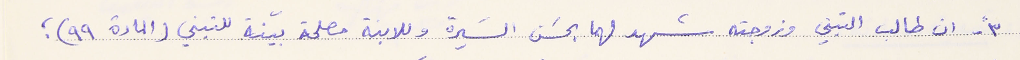
٣- ان طالب التبني وزوجته شهد لهما بحسَن السَيرة وللابنة مصلحة بيّنة للتبني (المادة ٩٩ )؛